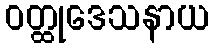
ဝတ္ထုဒေသနာယ